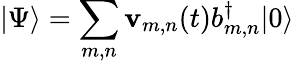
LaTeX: \left|\Psi\right\rangle=\sum_{m,n}\mathbf{v}_{m,n}(t)b_{m,n}^{\dagger}|0\rangle